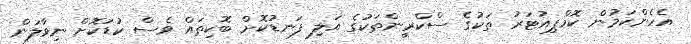
އެހެންކަމުން ކޮމްޕިއުޓަރު ތަކުގެ ސްކްރީންތަކުގެ އަލި ފަނޑުކޮށް ބޮކިތައް ވެސް ކުޑަކޮށް ނިވާލަން